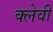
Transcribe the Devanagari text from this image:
क्लेवी